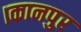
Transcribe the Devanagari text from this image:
।कानपुर